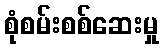
စုံစမ်းစစ်ဆေးမှု